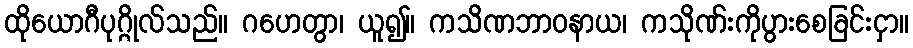
ထိုယောဂီပုဂ္ဂိုလ်သည်။ ဂဟေတွာ၊ ယူ၍။ ကသိဏဘာဝနာယ၊ ကသိုဏ်းကိုပွားစေခြင်းငှာ။